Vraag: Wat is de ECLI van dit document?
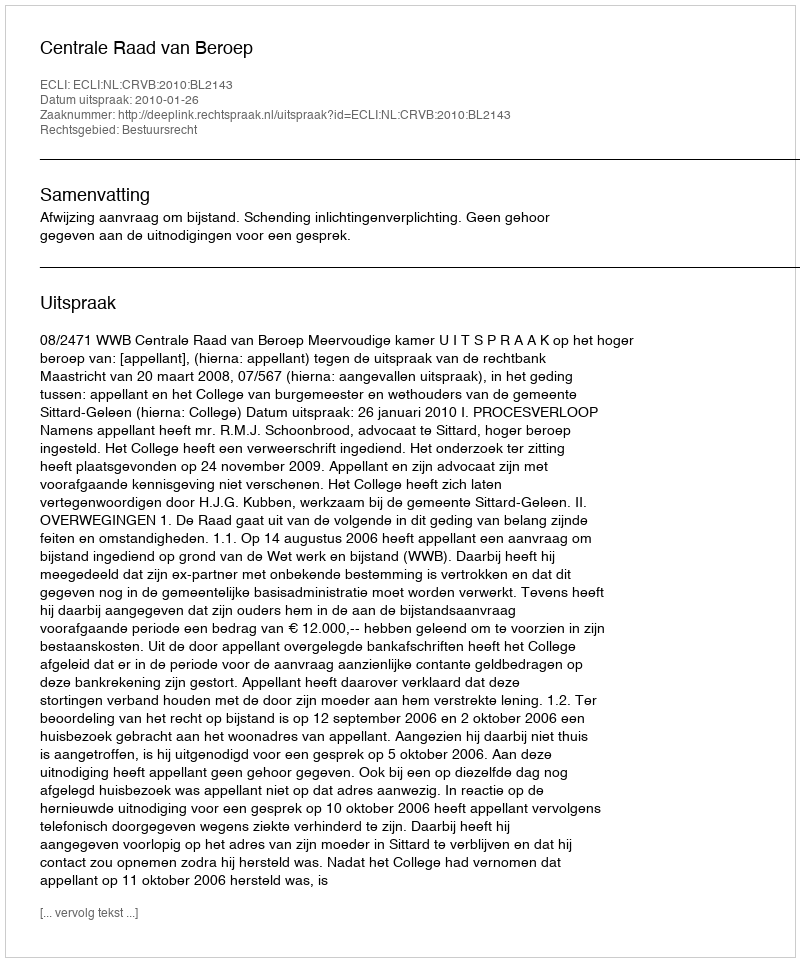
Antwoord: ECLI:NL:CRVB:2010:BL2143